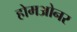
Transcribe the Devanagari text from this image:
होमओनर